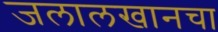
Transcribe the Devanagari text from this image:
जलालखानचा